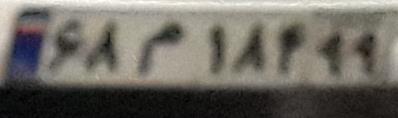
۶۸م۱۸۴۹۹